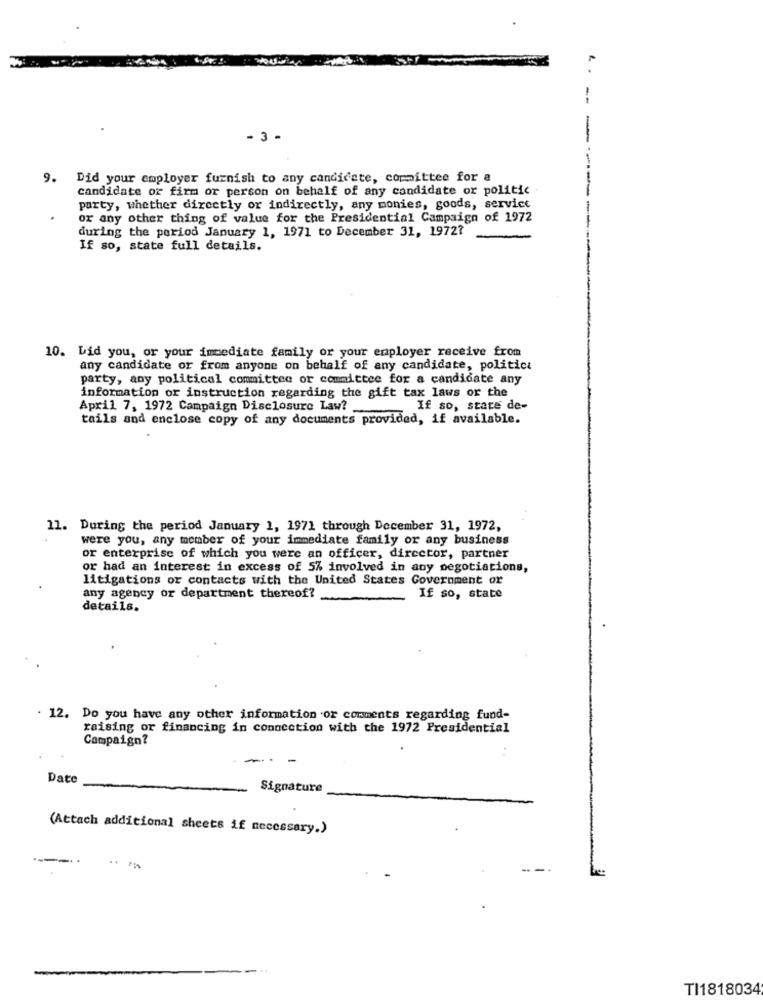
- 3 -
9. Did your employer furnish to any candidate, committee for a
candidate or firm or person on behalf of any candidate or politic
party, whether directly or indirectly, any monies, goods, service
or any other thing of value for the Presidential Campaign of 1972
during the period January 1, 1971 to December 31, 1972?
If so, state full details.
10. Did you, or your immediate family or your employer receive from
any candidate or from anyone on behalf of any candidate, politici
party, any political committee or committee for a candidate any
information or instruction regarding the gift tax laws or the
April 7, 1972 Campaign Disclosure Law?
If so, stare de-
tails and enclose copy of any documents provided, if available.
11. During the period January 1, 1971 through December 31, 1972,
were you, any member of your immediate family or any business
or enterprise of which you were an officer, director, partner
or had an interest in excess of 5% involved in any negotiations,
litigations or contacts with the United States Government or
any agency or department thereof?
If so, state
details.
. 12. Do you have any other information or comments regarding fund-
raising or financing in connection with the 1972 Presidential
Campaign?
-- -
Date
Signature
(Attach additional sheets if necessary.)
TI1818034